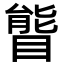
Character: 𥉃